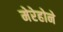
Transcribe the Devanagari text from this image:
मेरेहोने